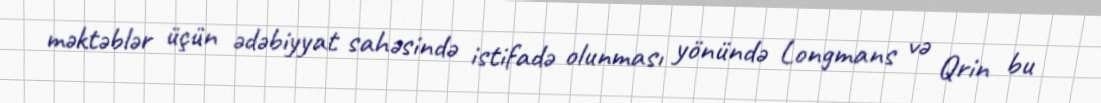
məktəblər üçün ədəbiyyat sahəsində istifadə olunması yönündə Longmans və Qrin bu